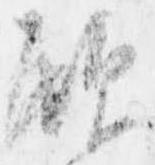
顧